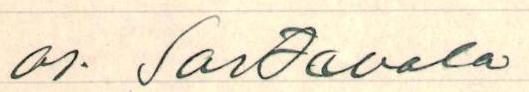
os. Sortavala